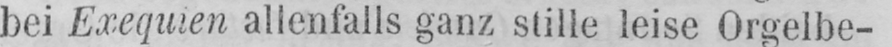
bei Exequien allenfalls ganz stille leise Orgelbe-